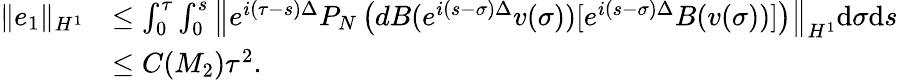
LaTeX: \begin{array}{rl}{\| e_{1}\| _{H^{1}}}&{\leq\int_{0}^{\tau}\int_{0}^{s}\left\| e^{i(\tau-s)\Delta}P_{N}\left(dB(e^{i(s-\sigma)\Delta}v(\sigma))[e^{i(s-\sigma)\Delta}B(v(\sigma))]\right)\right\| _{H^{1}}\mathrm{d}\sigma\mathrm{d}s}\\ &{\leq C(M_{2})\tau^{2}.}\end{array}